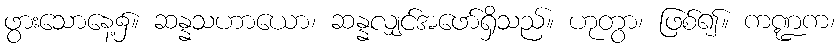
ဖွားသောနေ့၌။ ဆန္နသဟာယော၊ ဆန္နလျှင်အဖော်ရှိသည်။ ဟုတွာ၊ ဖြစ်၍။ ကဏ္ဍက၊